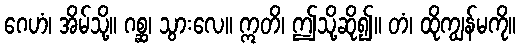
ဂေဟံ၊ အိမ်သို့။ ဂစ္ဆ၊ သွားလေ။ ဣတိ၊ ဤသို့ဆို၍။ တံ၊ ထိုကျွန်မကို။